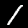
Label: 1